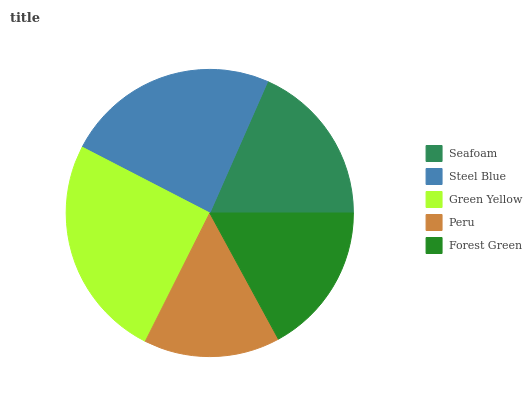
| Seafoam | Steel Blue | Green Yellow | Peru | Forest Green |
 | --- | --- | --- | --- | --- |
 | 18.5% | 24% | 25.1% | 15.3% | 17% |